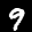
Label: 9